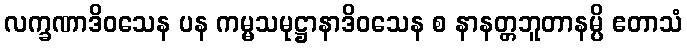
လက္ခဏာဒိဝသေန ပန ကမ္မသမုဋ္ဌာနာဒိဝသေန စ နာနတ္တဘူတာနမ္ပိ ဧတာသံ